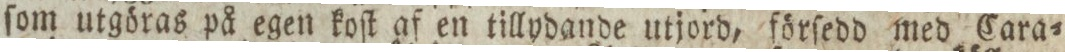
ſom utgöras på egen koſt af en tillydande utjord, förſedd med Cara=